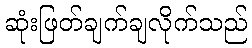
ဆုံးဖြတ်ချက်ချလိုက်သည်